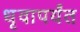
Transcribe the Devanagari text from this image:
धृवापर्यंत